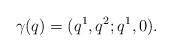
LaTeX: \begin{align*} \gamma(q)=(q^1,q^2;q^1,0).\end{align*}